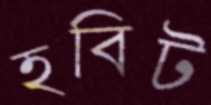
হবিট